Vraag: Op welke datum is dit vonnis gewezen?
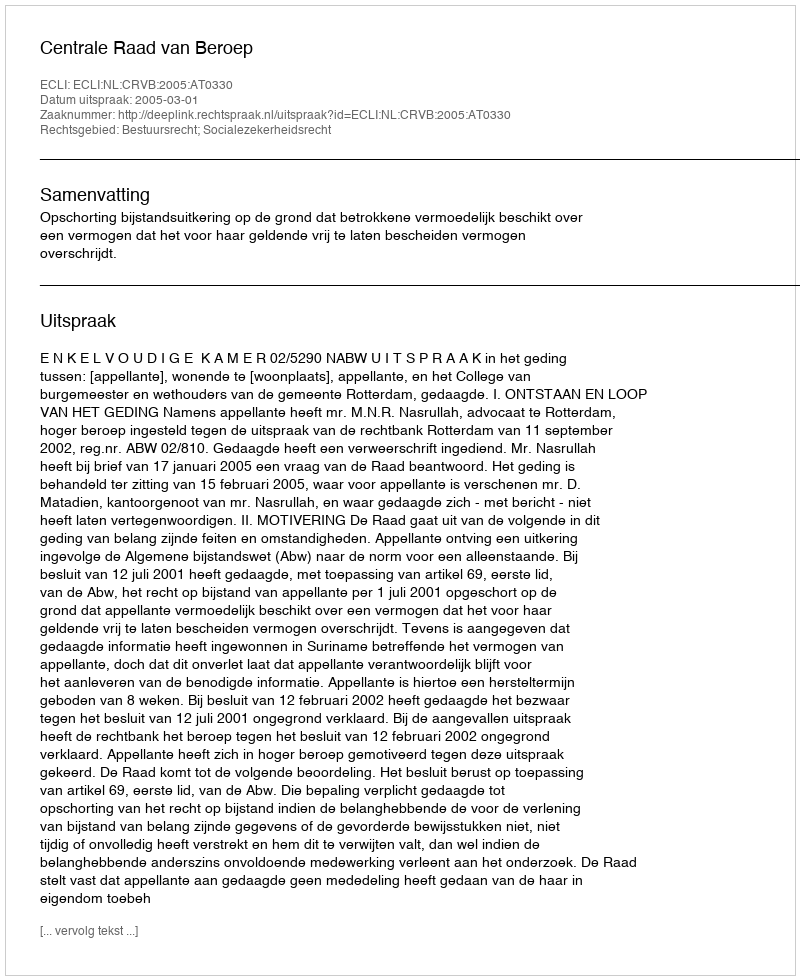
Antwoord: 2005-03-01